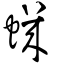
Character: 蟣